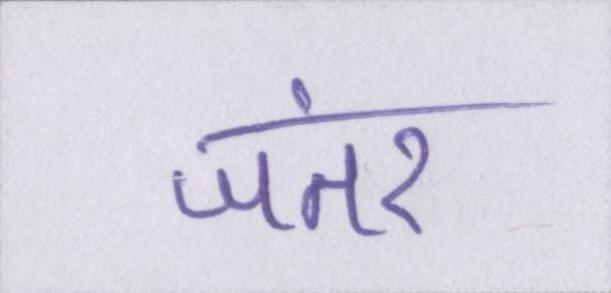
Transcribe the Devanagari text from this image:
जंतर